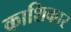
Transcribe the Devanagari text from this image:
काशिकार